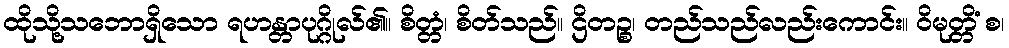
ထိုသို့သဘောရှိသော ရဟန္တာပုဂ္ဂိုလ်၏။ စိတ္တံ၊ စိတ်သည်။ ဌိတဉ္စ၊ တည်သည်လည်းကောင်း။ ဝိမုတ္တိံ စ၊